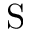
\mathrm { S }